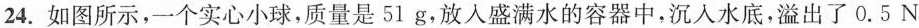
24.如图所示，一个实心小球，质量是51g，放入盛满水的容器中，沉入水底，溢出了0.5N